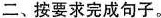
二、按要求完成句子。